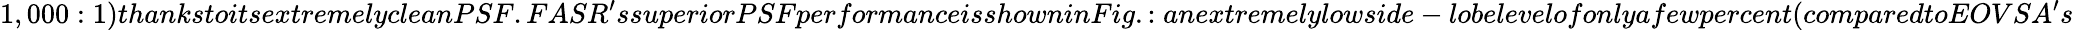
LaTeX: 1,000:1)thankstoitsextremelycleanPSF.FASR^{\prime}ssuperiorPSFperformanceisshowninFig.:anextremelylowside-lobelevelofonlyafewpercent(comparedtoEOVSA^{\prime}s